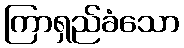
ကြာရှည်ခံသော